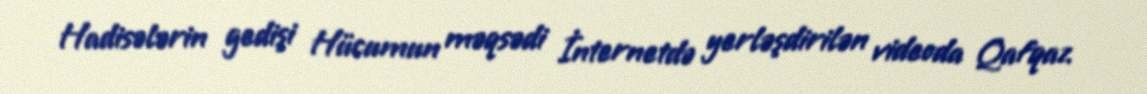
Hadisələrin gedişi Hücumun məqsədi İnternetdə yerləşdirilən videoda Qafqaz